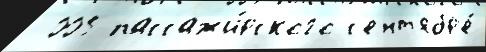
 005 пассажи́рского с'ент'ябр'е́